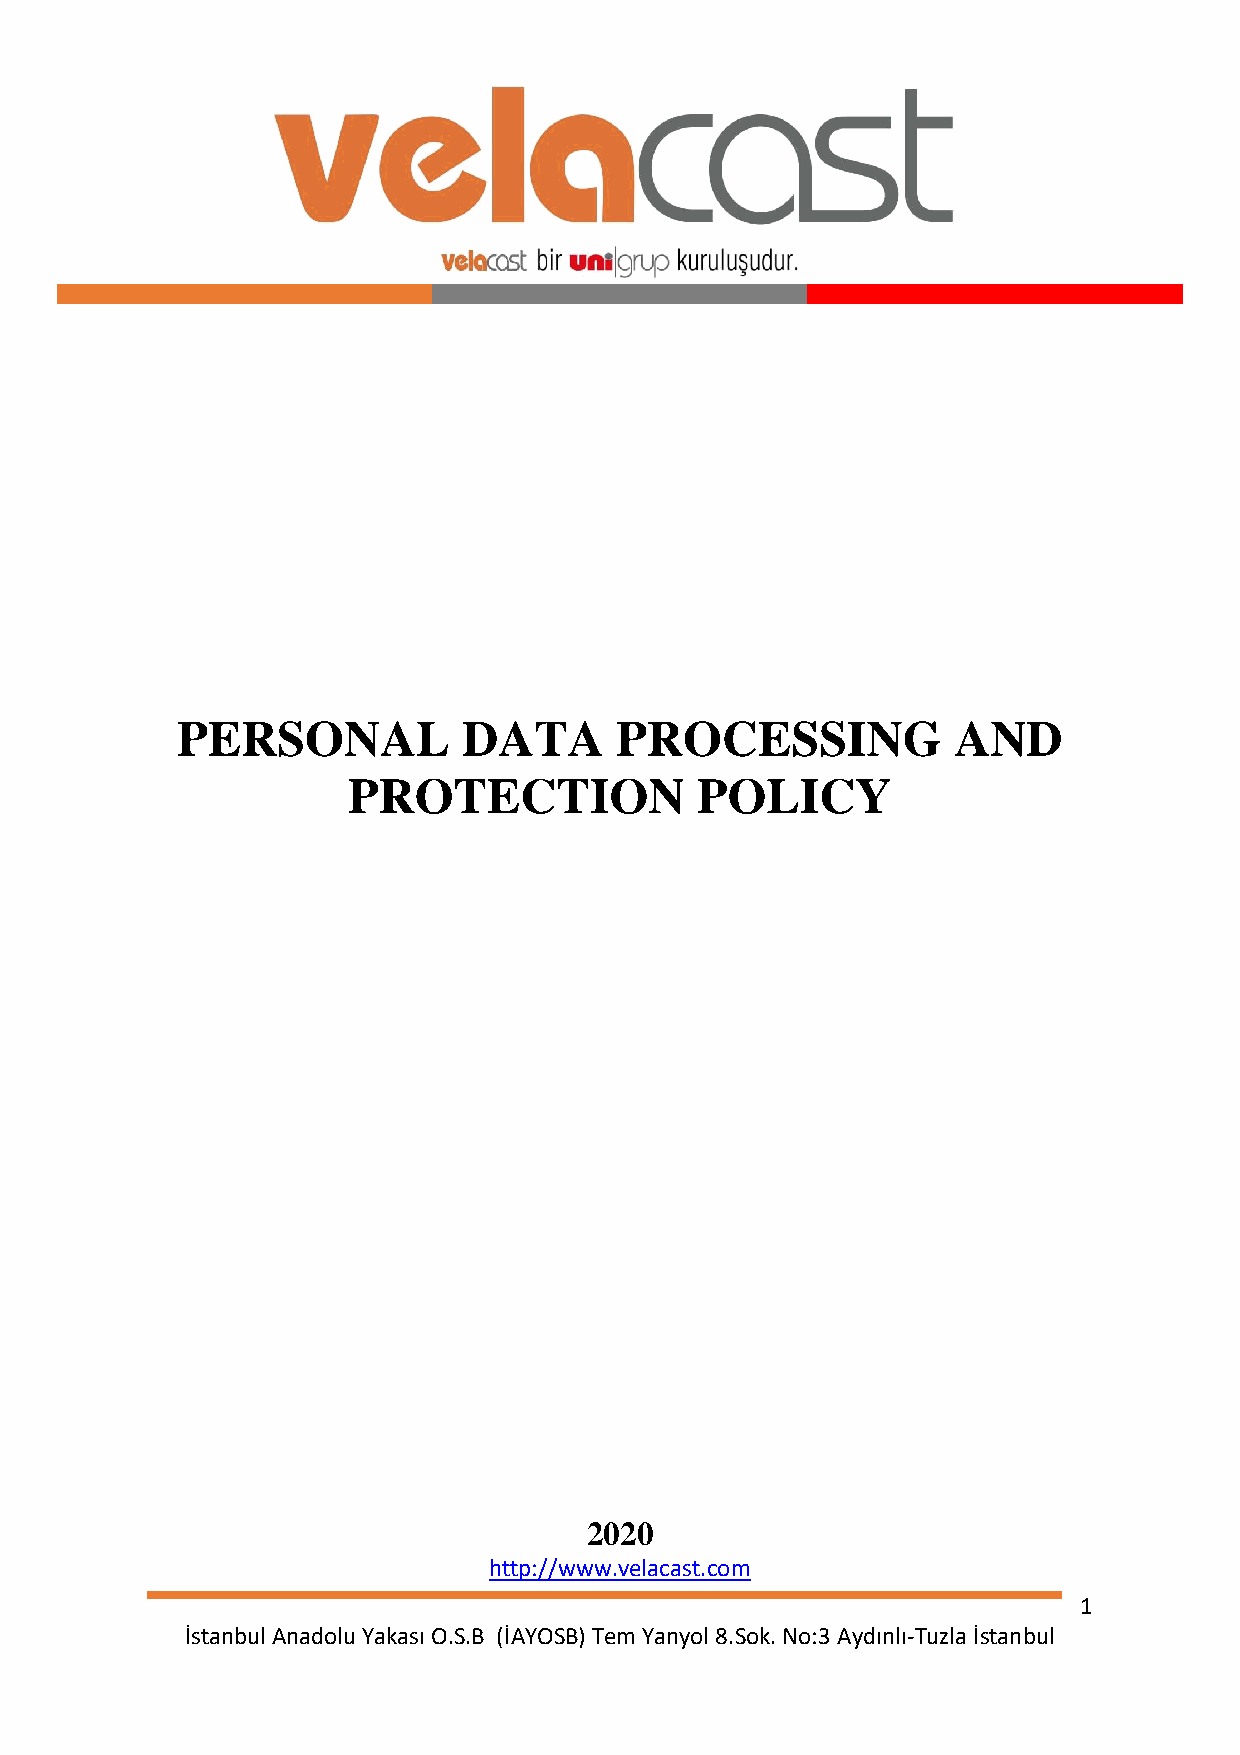
PERSONAL           DATA      PROCESSING            AND
 PROTECTION             POLICY
 2020
 http://www.velacast.com
 1
 İstanbul Anadolu Yakası O.S.B (İAYOSB) Tem Yanyol 8.Sok. No:3 Aydınlı-Tuzla İstanbul